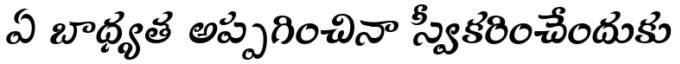
ఏ బాధ్యత అప్పగించినా స్వీకరించేందుకు